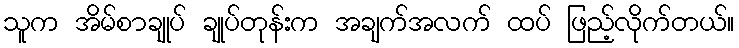
သူက အိမ်စာချုပ် ချုပ်တုန်းက အချက်အလက် ထပ် ဖြည့်လိုက်တယ်။